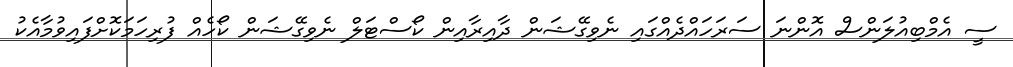
ސީ އެމްބިއުލަންސް އޮންނަ ސަރަހައްދެއްގައި ނެވިގޭޝަން ދާއިރާއިން ކޯސްޓަލް ނެވިގޭޝަން ކޯހެއް ފުރިހަމަކޮށްފައިވުމާއެކު